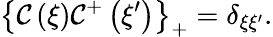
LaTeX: \left\{ \mathcal{C}\left(\xi\right)\mathcal{C}^{+}\left(\xi^{\prime}\right)\right\} _{+}=\delta_{\xi\xi^{\prime}}.